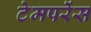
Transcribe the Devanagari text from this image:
टेमपरेंस